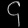
Digit: ၄